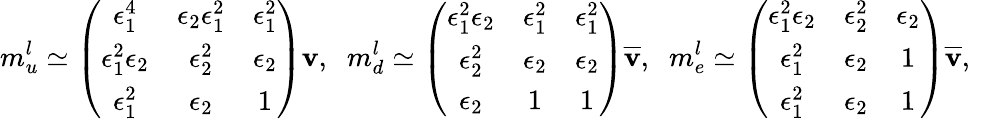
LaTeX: m_{u}^{l}\simeq\left(\begin{array}{ccc}{{\epsilon_{1}^{4}}}&{{\epsilon_{2}\epsilon_{1}^{2}}}&{{\epsilon_{1}^{2}}}\\ {{\epsilon_{1}^{2}\epsilon_{2}}}&{{\epsilon_{2}^{2}}}&{{\epsilon_{2}}}\\ {{\epsilon_{1}^{2}}}&{{\epsilon_{2}}}&{{1}}\end{array}\right)\mathbf{v},\; \; m_{d}^{l}\simeq\left(\begin{array}{ccc}{{\epsilon_{1}^{2}\epsilon_{2}}}&{{\epsilon_{1}^{2}}}&{{\epsilon_{1}^{2}}}\\ {{\epsilon_{2}^{2}}}&{{\epsilon_{2}}}&{{\epsilon_{2}}}\\ {{\epsilon_{2}}}&{{1}}&{{1}}\end{array}\right)\overline{{{{\mathbf{v}}}}},\; \; m_{e}^{l}\simeq\left(\begin{array}{ccc}{{\epsilon_{1}^{2}\epsilon_{2}}}&{{\epsilon_{2}^{2}}}&{{\epsilon_{2}}}\\ {{\epsilon_{1}^{2}}}&{{\epsilon_{2}}}&{{1}}\\ {{\epsilon_{1}^{2}}}&{{\epsilon_{2}}}&{{1}}\end{array}\right)\overline{{{{\mathbf{v}}}}},\; \;